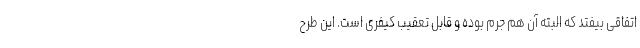
اتفاقی بیفتد که البته آن هم جرم بوده و قابل تعقیب کیفری است. این طرح